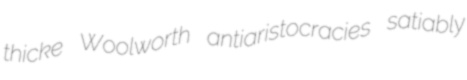
thicke Woolworth antiaristocracies satiably